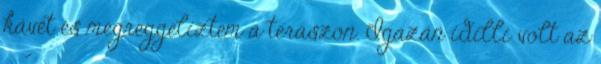
kávét és megreggeliztem a teraszon. Igazán idilli volt az